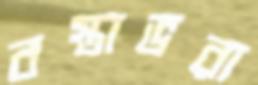
বস্তাভরা